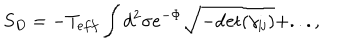
LaTeX: S _ { D } = - T _ { e f f } \int d ^ { 2 } \sigma e ^ { - \Phi } \sqrt { - \mathrm { d e t } ( \gamma _ { i j } ) } + . . . ,